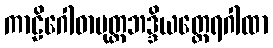
ကာဠိဂေါဓာပုတ္တဘဒ္ဒိယတ္ထေရဂါထာ